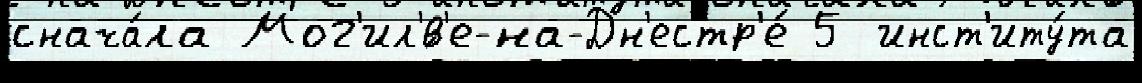
снача́ла Мог'ил'́в'е-на-Дн'естр'е́ 5 инст'иту́та